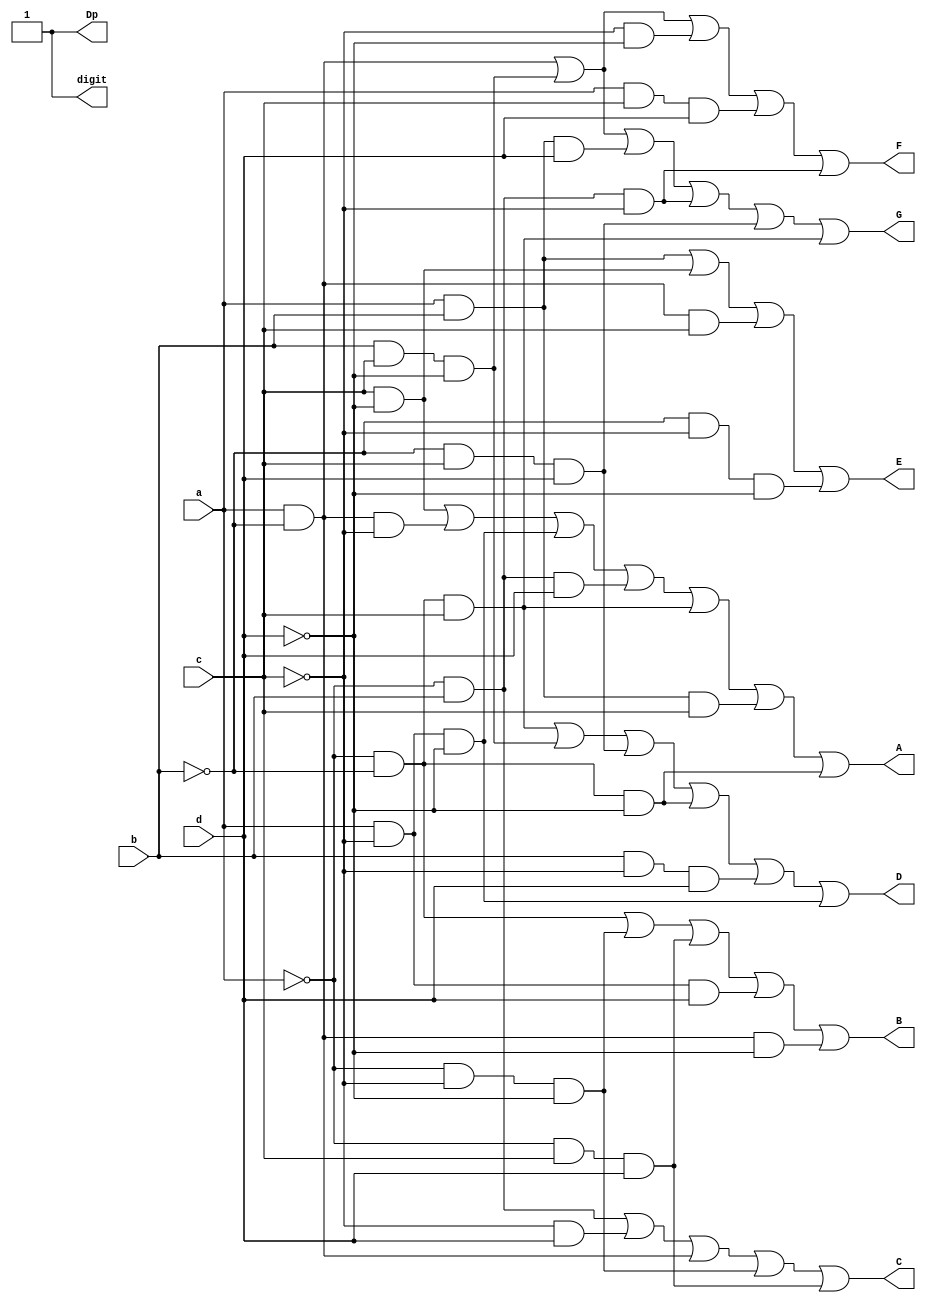
`timescale 1ns / 1ps


module segm(
    input a, b, c, d,
    output A, B, C, D, E, F, G, Dp, digit
    );
    
    assign A = (c&~d)|(a&~b&~c)|(a&~c&~d)|(~a&b&d)|(~a&~b&c)|(a&b&c)|(~a&~b&~d);
    assign B = (~a&~b)|(~a&~c&~d)|(~a&c&d)|(a&~c&d)|(a&~b&~d);
    assign C = (~a&b)|(~c&d)|(a&~b)|(~a&~c&~d)|(~a&c&d);
    assign D = (~a&~b&c)|(b&c&~d)|(~b&c&d)|(~a&~b&~d)|(b&~c&d)|(a&~c&~d);
    assign E = (a&b)|(c&~d)|(a&~b&c)|(~b&~c&~d);
    assign F = (a&~b)|(b&c&~d)|(~c&~d)|(a&c&d)|(~a&b&~c);
    assign G = (a&~b)|(b&c&~d)|(a&b&d)|(~a&b&~c)|(~b&c&d)|(~a&~b&c);
    assign Dp = 1;
    
    assign digit = A|B|C|D|E|F|G|Dp;
    
endmodule